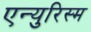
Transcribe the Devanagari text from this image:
एन्युरिस्म